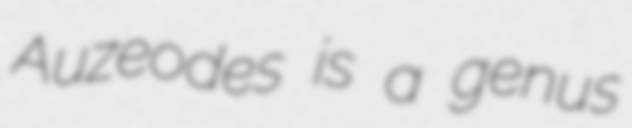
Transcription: Auzeodes is a genus